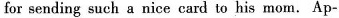
for sending such a nice card to his mom. Ap-